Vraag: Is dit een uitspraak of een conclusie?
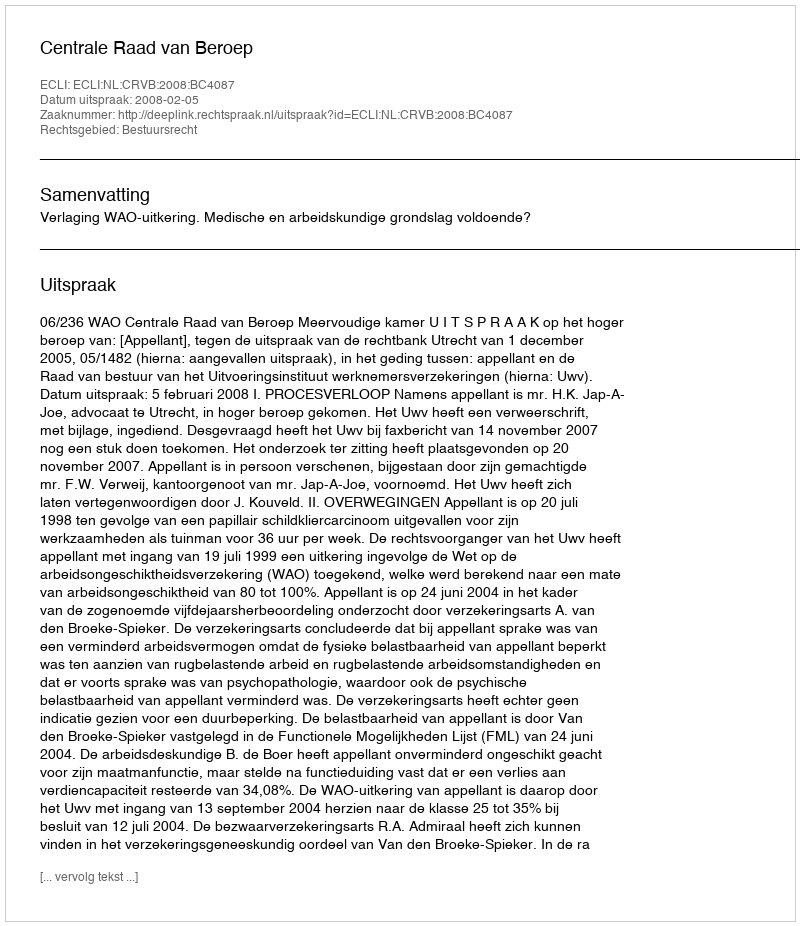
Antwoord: Uitspraak